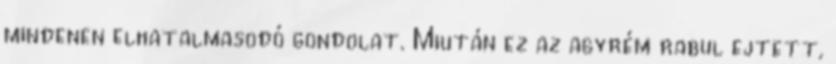
mindenen elhatalmasodó gondolat. Miután ez az agyrém rabul ejtett,